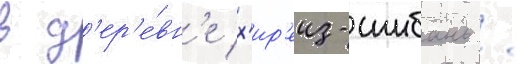
в д'ер'е́вн'е х'ир'еиз-шибань /